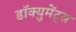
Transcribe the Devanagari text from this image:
डॉक्युमेंट्‌स